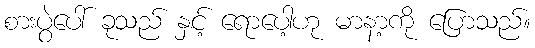
စားပွဲပေါ် ခုသည် နှင့် ရောပေါ့ဟု မာနာ့ကို ပြောသည်။